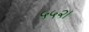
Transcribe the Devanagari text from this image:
५५२।